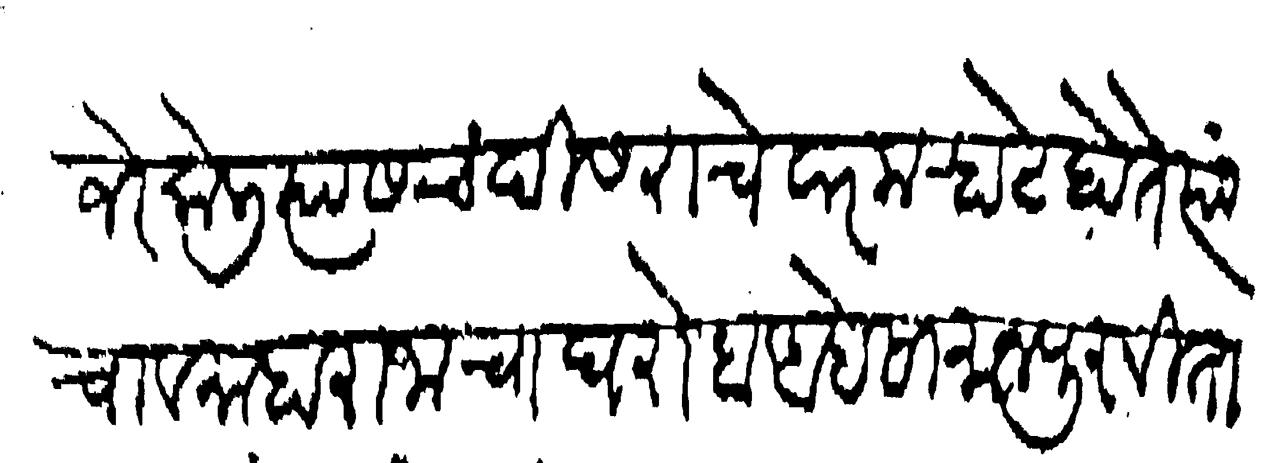
Transliteration (Devanagari): जेर केली त्यास चंदीस राचेवार मह्राटे होते त्यांचा व माहाराजाचा घरोबा आहे सामान पुरविता